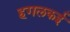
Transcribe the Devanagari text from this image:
हगलकई